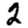
Digit: 2